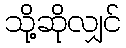
သို့ဆိုလျှင်